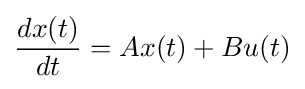
{\frac {dx(t)}{dt}}=Ax(t)+Bu(t)